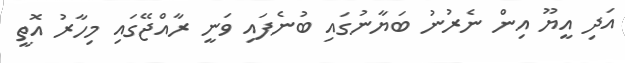
އަދި އީޔޫ އިން ނެރުނު ބަޔާނުގައި ބުނެފައި ވަނީ ރާއްޖޭގައި މިހާރު އޮތީ